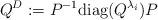
LaTeX: \begin{align*} Q^D:=P^{-1} \textnormal{diag}(Q^{\lambda_i}) P \end{align*}